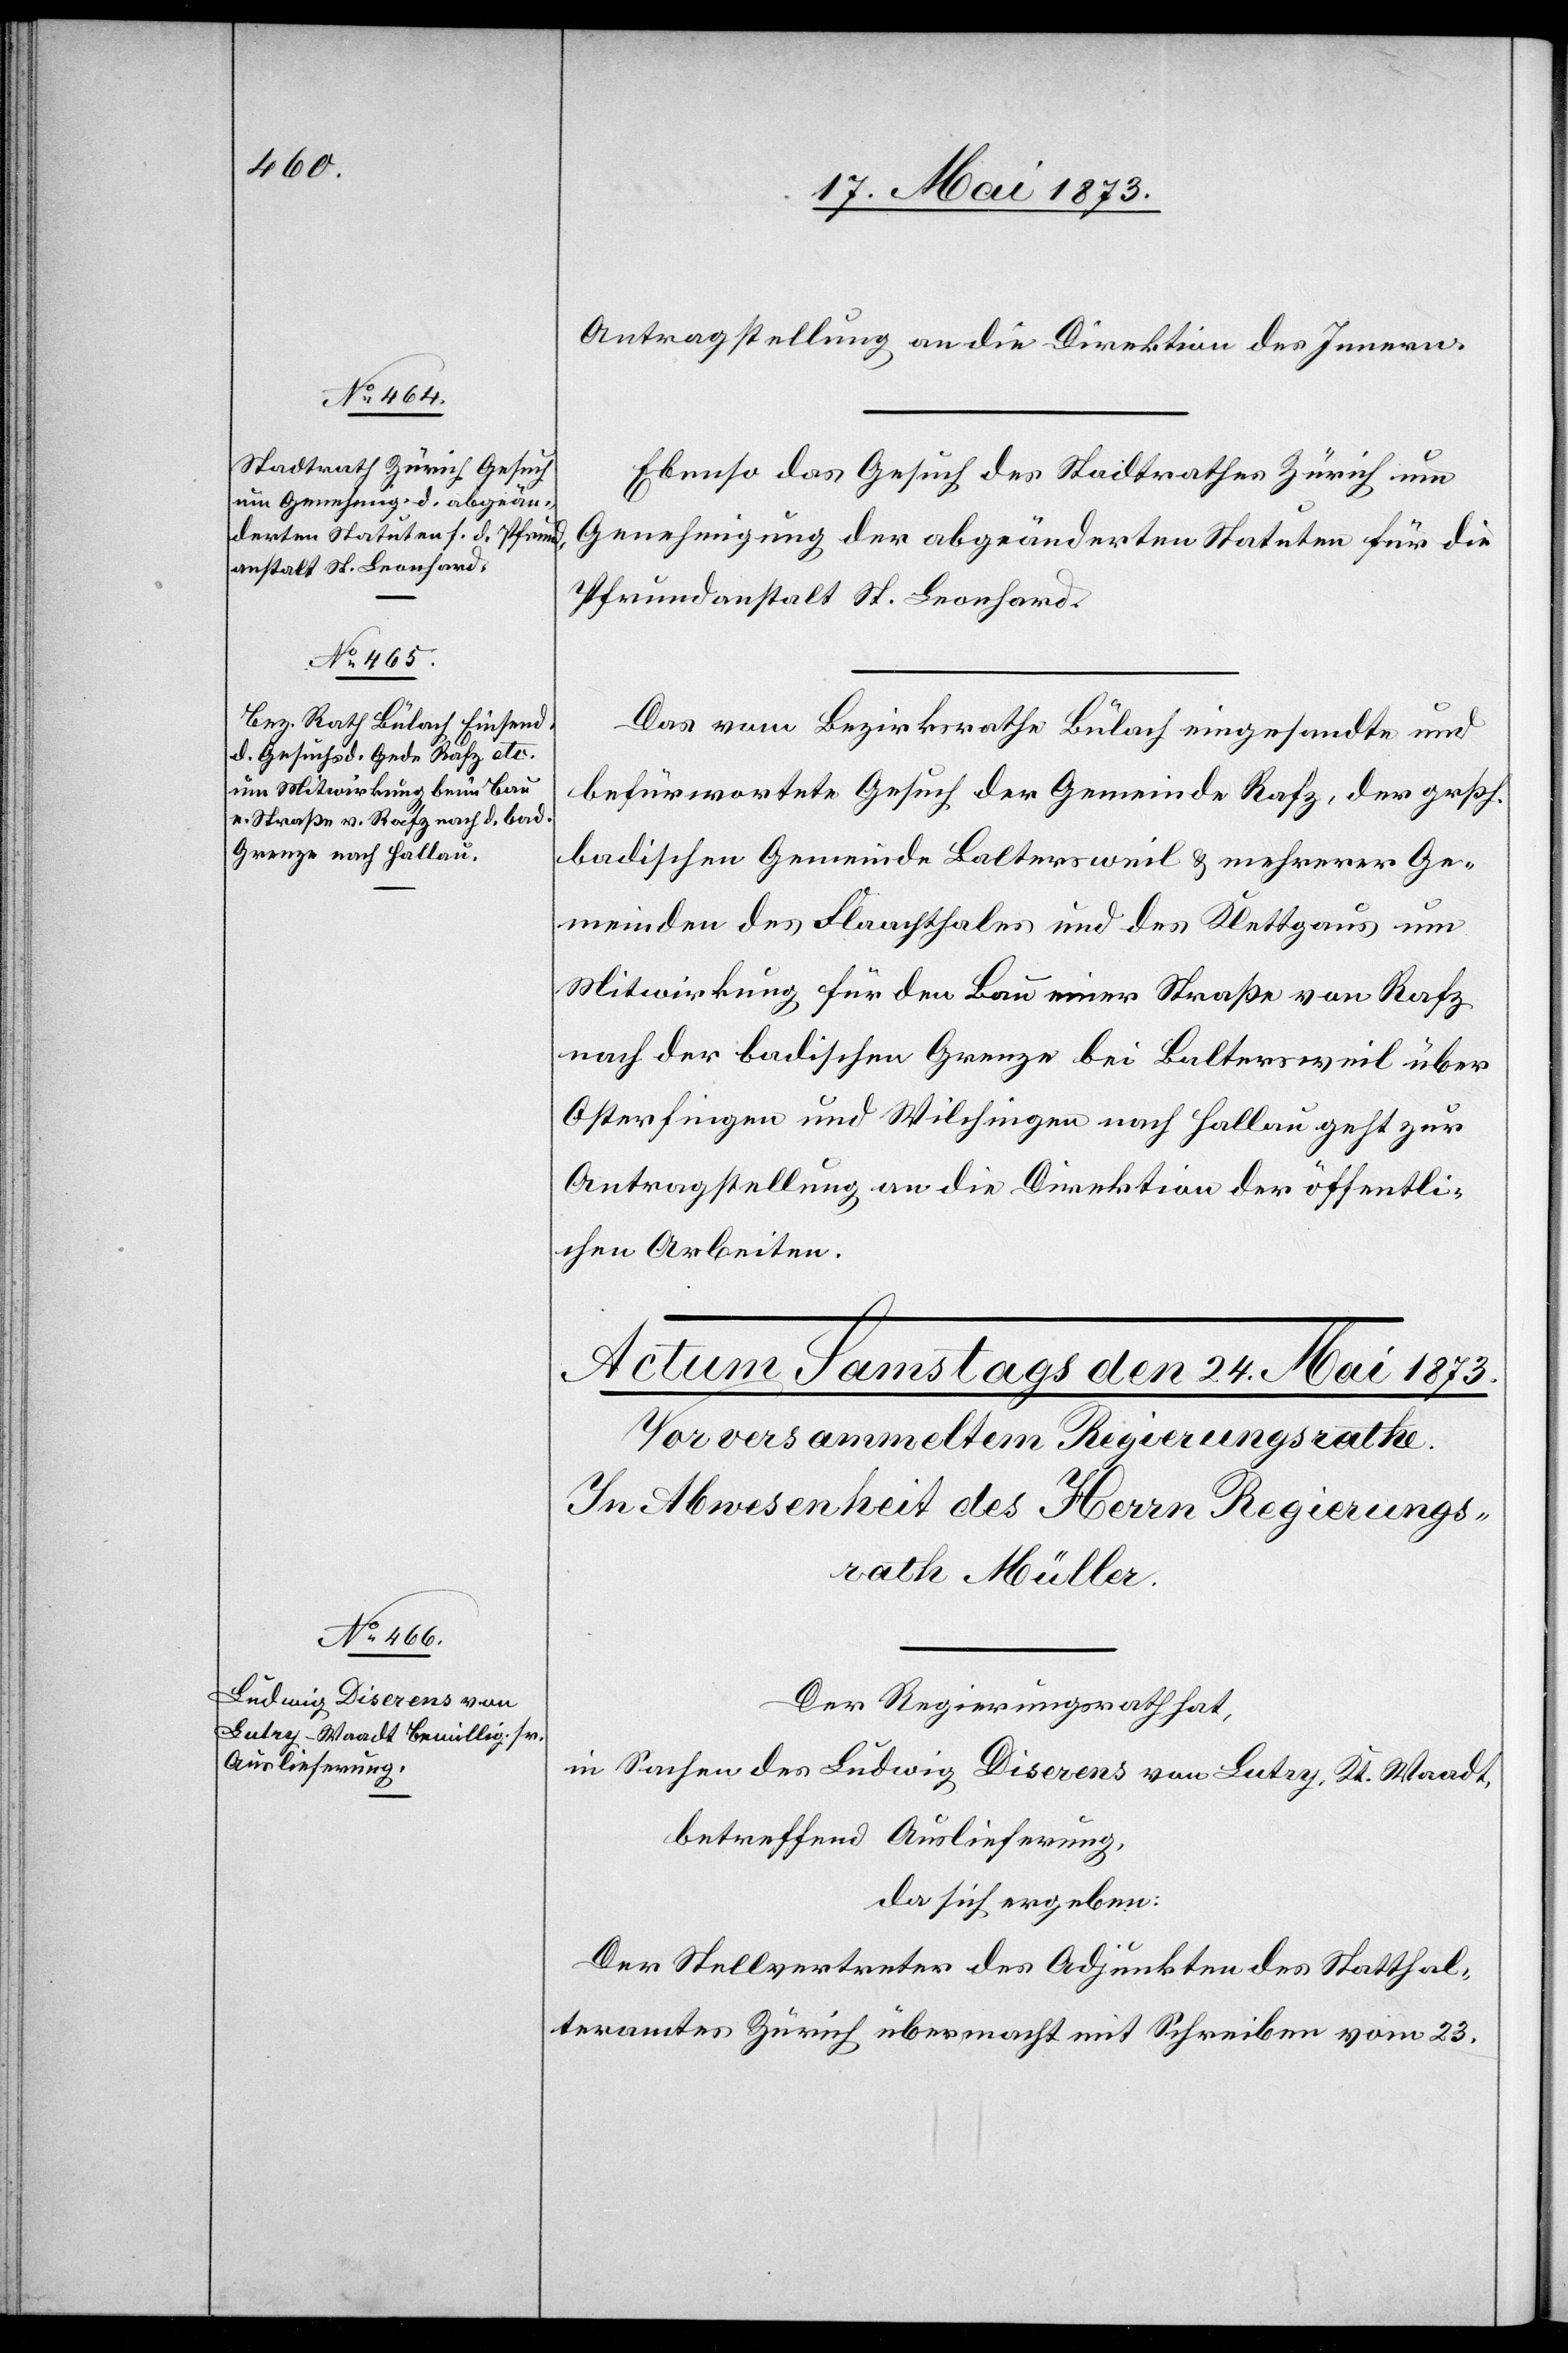
23. Mai 1873]
Antragstellung an die Direktion des Innern.
Ebenso das Gesuch des Stadtrathes Zürich um
Genehmigung der abgeänderten Statuten für die
Pfrundanstalt St. Leonhard.
Das vom Bezirksrathe Bülach eingesandte und
befürwortete Gesuch der Gemeinde Rafz, der grßh.
badischen Gemeinde Baltersweil & mehrerer Ge¬
meinden des Flaachthales und des Klettgaus um
Mitwirkung für den Bau einer Straße von Rafz
nach der badischen Grenze bei Baltersweil über
Osterfingen und Wilchingen nach Hallau geht zur
Antragstellung an die Direktion der öffentli¬
chen Arbeiten.
Der Regierungsrath hat
in Sachen des Ludwig Diserens von Lutry, Kt. Waadt,
betreffend Auslieferung,
da sich ergeben:
Der Stellvertreter des Adjunkten des Statthal¬
teramtes Zürich übermacht mit Schreiben vom 23.